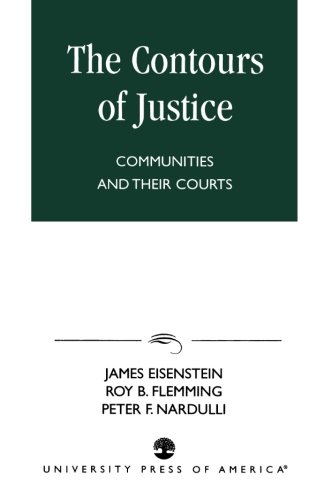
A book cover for The Contours of Justice: Communities and Their Courts; James Eisenstein; Law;